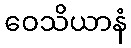
ဝေသိယာနံ